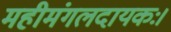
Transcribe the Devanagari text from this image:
महीमंगलदायकः।